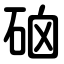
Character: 硇